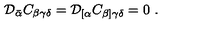
{ \cal D } _ { \bar { \alpha } } C _ { \beta \gamma \delta } = { \cal D } _ { [ \alpha } C _ { \beta ] \gamma \delta } = 0 \ .